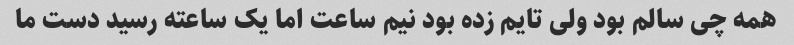
همه چی سالم بود ولی تایم زده بود نیم ساعت اما یک ساعته رسید دست ما